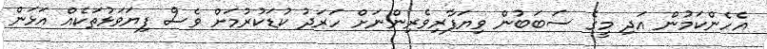
އެހެންކަމުން އަދި މީގެ ސަބަބުން ވިޔަފާރިވެރިންނަށް ހަރަދު ކުޑަކުރުމަށް ވެސް ފިޔަވަޅުތަކެއް އަޅަން